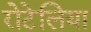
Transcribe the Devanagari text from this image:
रोटेलिया